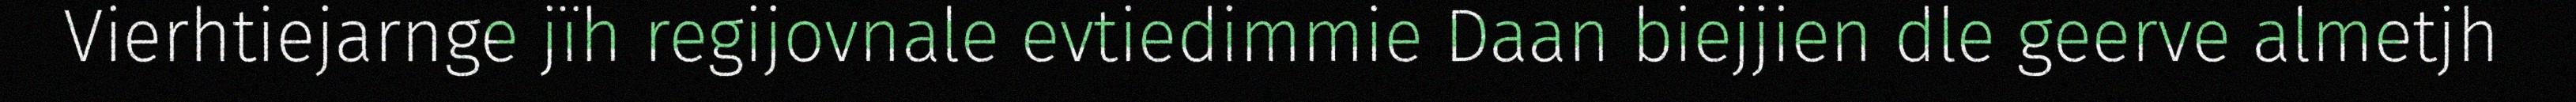
Vierhtiejarnge jïh regijovnale evtiedimmie Daan biejjien dle geerve almetjh